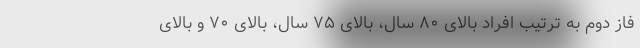
فاز دوم به ترتیب افراد بالای ۸۰ سال، بالای ۷۵ سال، بالای ۷۰ و بالای